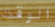
الوقت